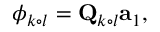
\phi _ { k \circ l } = \mathbf { Q } _ { k \circ l } \mathbf { a } _ { 1 } ,